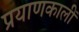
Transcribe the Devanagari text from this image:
प्रयाणकालीं